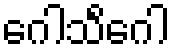
ဂေါသိင်္ဂေါ